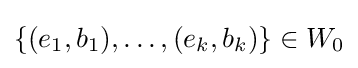
\{(e_{1},b_{1}),\ldots ,(e_{k},b_{k})\}\in W_{0}